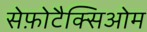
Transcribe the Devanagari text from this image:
सेफ़ोटैक्सिओम